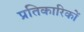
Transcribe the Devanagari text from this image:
प्रतिकारिकों